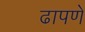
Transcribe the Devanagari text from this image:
ढापणे